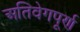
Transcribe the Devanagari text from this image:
अतिवेगपूर्ण